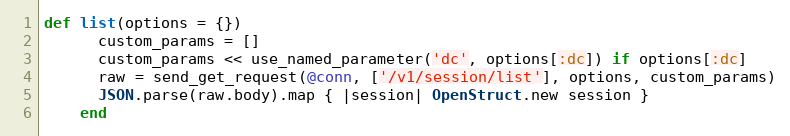
Language: Ruby
def list(options = {})
      custom_params = []
      custom_params << use_named_parameter('dc', options[:dc]) if options[:dc]
      raw = send_get_request(@conn, ['/v1/session/list'], options, custom_params)
      JSON.parse(raw.body).map { |session| OpenStruct.new session }
    end